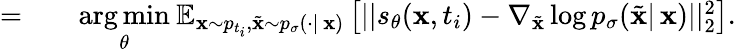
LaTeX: \begin{array}{rl}{=\quad}&{{}\underset{\theta}{\mathrm{arg}\, \mathrm{min}}\: \mathbb{E}_{\mathbf{x}\sim p_{t_{i}},\tilde{\mathbf{x}}\sim p_{\sigma}(\cdot|\, \mathbf{x})}\left[||s_{\theta}(\mathbf{x},t_{i})-\nabla_{\tilde{\mathbf{x}}}\log p_{\sigma}(\tilde{\mathbf{x}}|\, \mathbf{x})||_{2}^{2}\right].}\end{array}